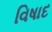
વિષાદ